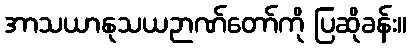
အာသယာနုသယဉာဏ်တော်ကို ပြဆိုခန်း။